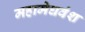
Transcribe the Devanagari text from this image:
महामेघवंश